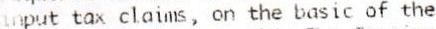
INPUT TAX CLAIMS, ON THE BASIC OF THE